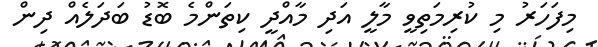
މިފަހަރު މި ކުރިމަތިވީ މާލީ އަދި މާއްދީ ކިތަންމެ ބޮޑު ބަދަލެއް ދިން